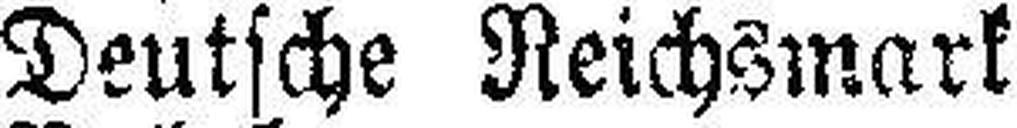
Deutsche Reichsmark